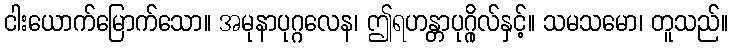
ငါးယောက်မြောက်သော။ အမုနာပုဂ္ဂလေန၊ ဤရဟန္တာပုဂ္ဂိုလ်နှင့်။ သမသမော၊ တူသည်။